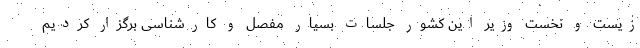
زیست و نخست وزیر این کشور جلسات بسیار مفصل و کارشناسی برگزار کردیم